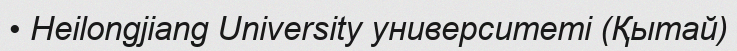
• Heilongjiang University университеті (Қытай)